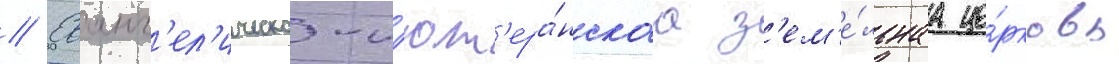
// Еванг'ел'ическо-л'ют'ера́нскаа з'ем'е́льнаа це́рковь